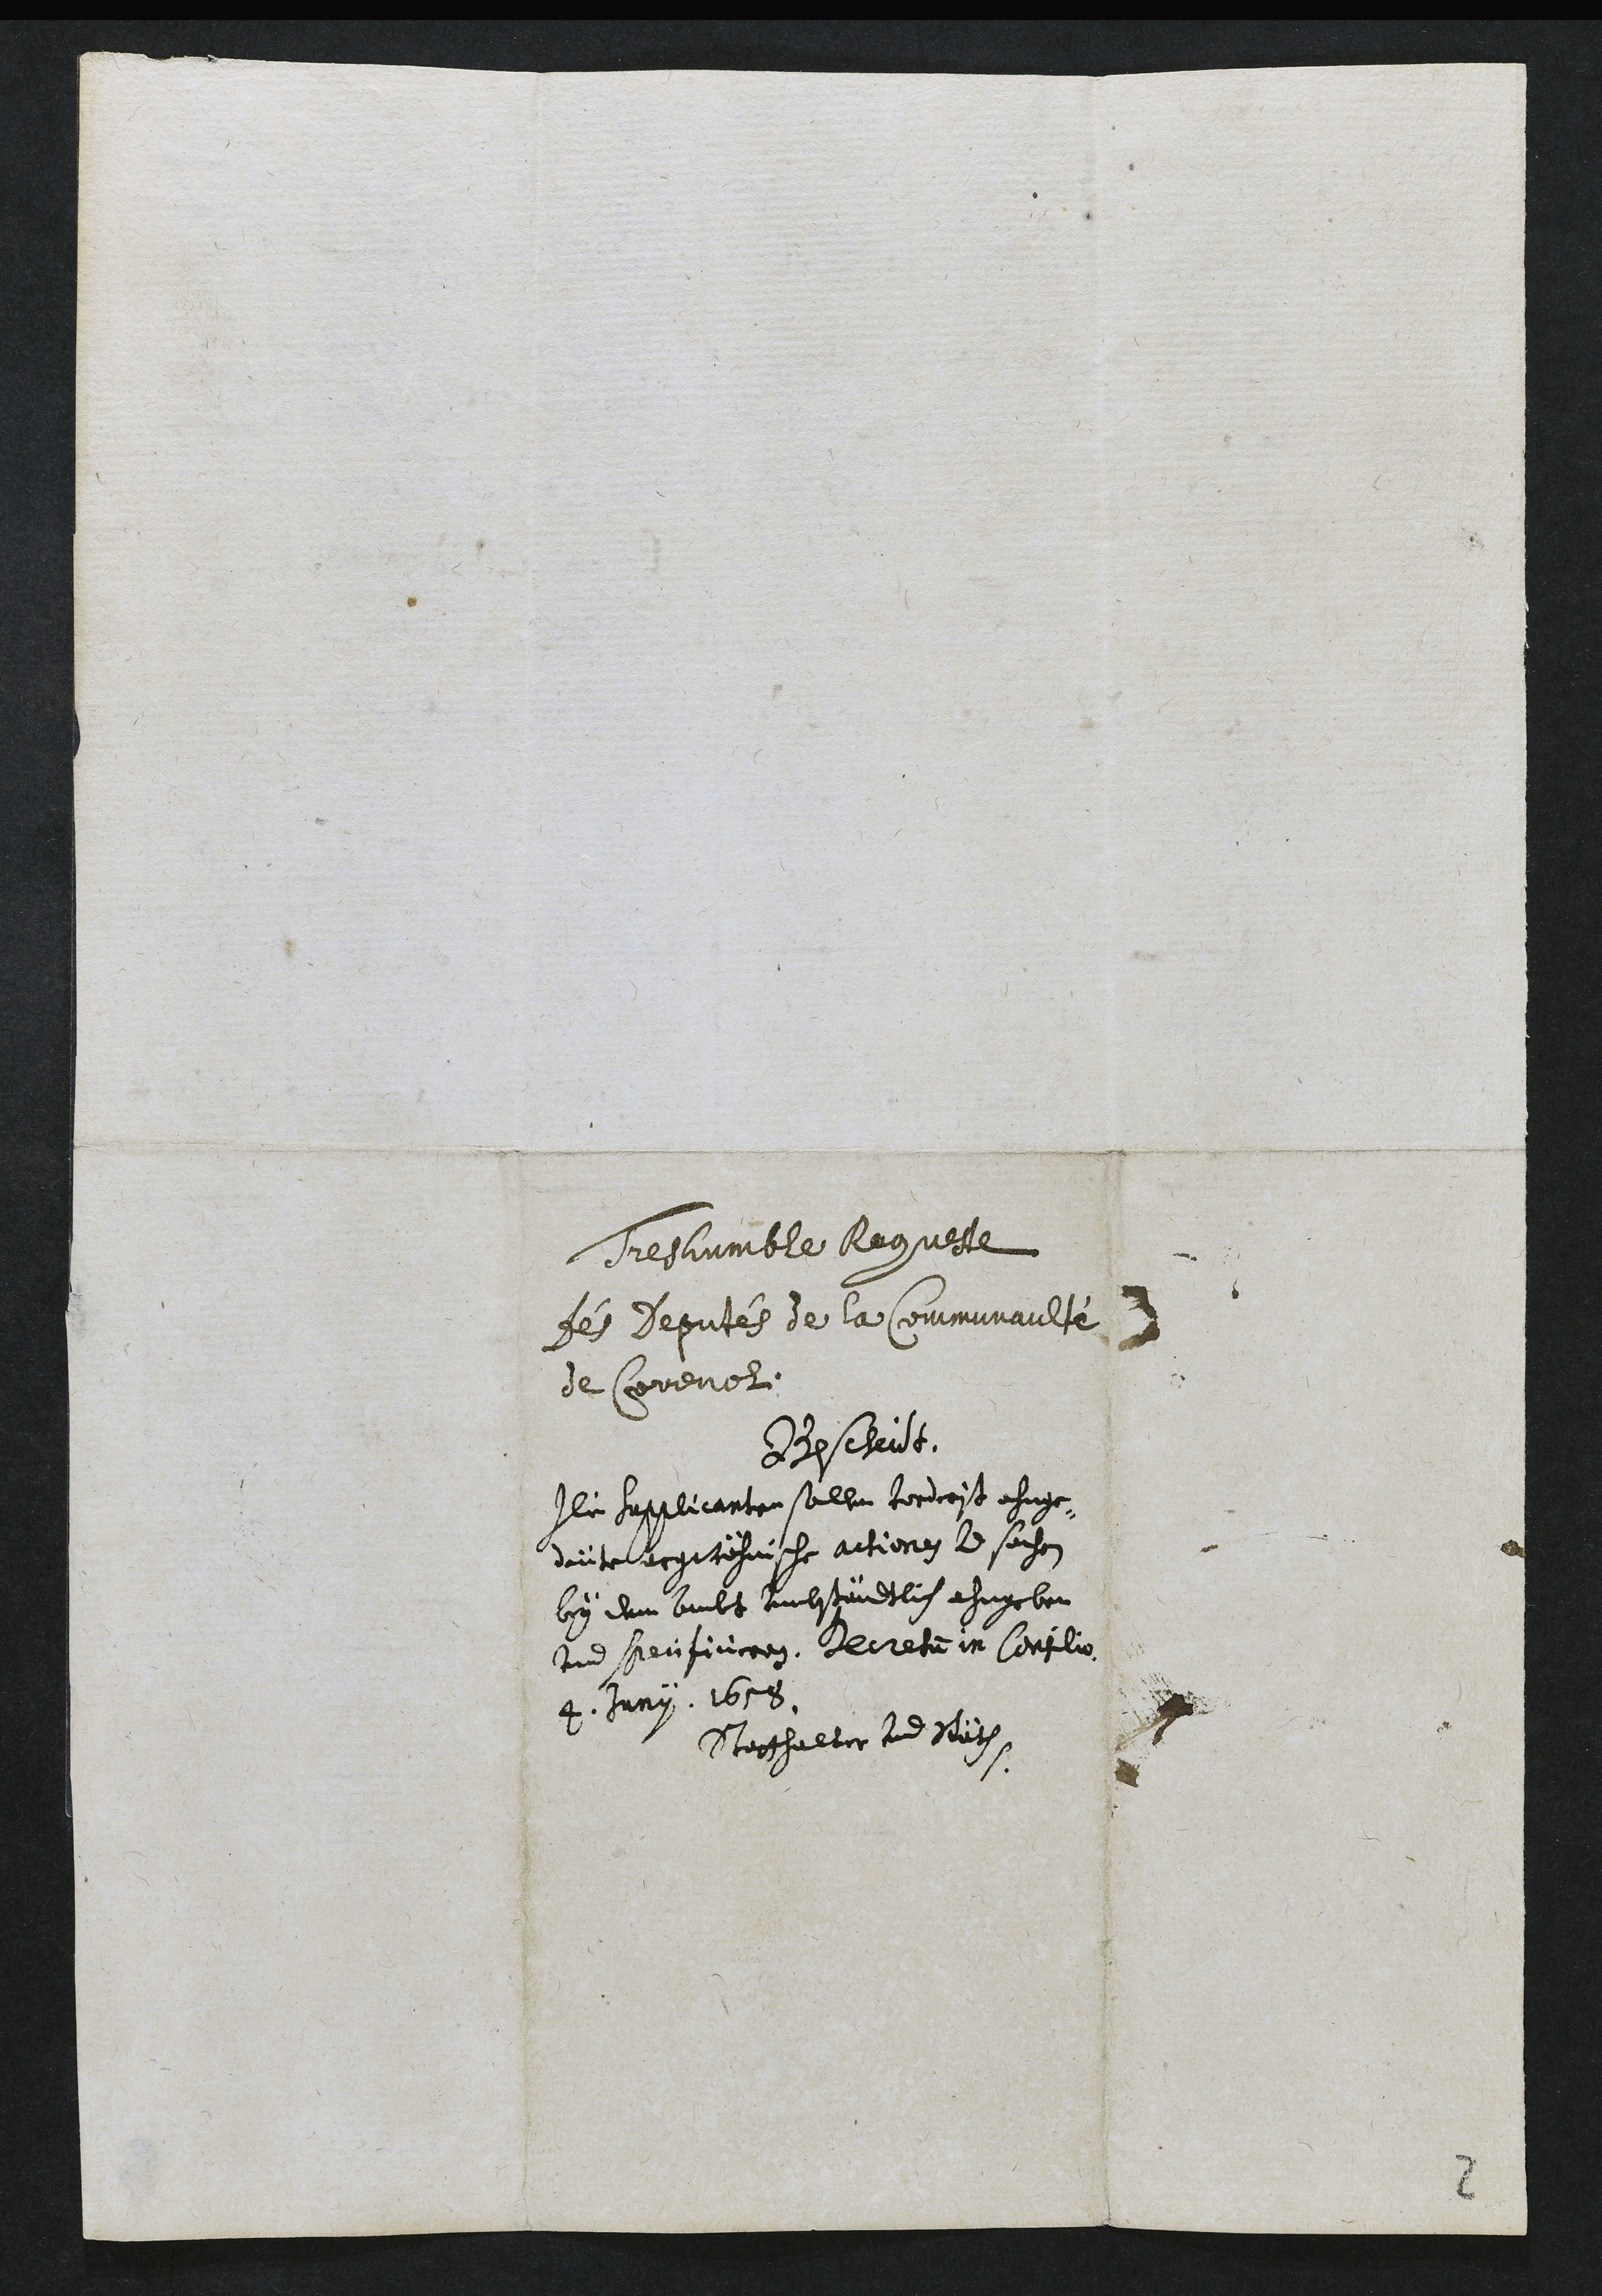
Tres humble Requeste
Des deputés de la Communaulté
de Correnol
Bescheidt
Die Supplicanten sollen vorderst ahnge¬
deüte argwöhnische actionen vnd sachen
bey dem Ambt Umbständtlich ahngeben
vnd specificiren. Decretum in Consilio
4. Junii 1658
Statthalter und Räth
2